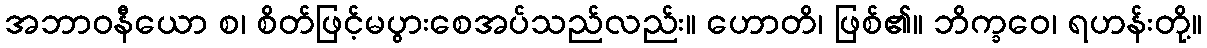
အဘာဝနီယော စ၊ စိတ်ဖြင့်မပွားစေအပ်သည်လည်း။ ဟောတိ၊ ဖြစ်၏။ ဘိက္ခဝေ၊ ရဟန်းတို့။